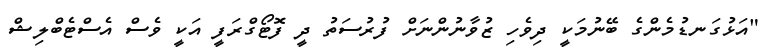
"އަޅުގަނޑުމެންގެ ބޭނުމަކީ ދިވެހި ޒުވާނުންނަށް ފުރުސަތު ދީ ފޮޓޯގްރަފީ އަކީ ވެސް އެސްޓެބްލިޝް